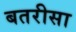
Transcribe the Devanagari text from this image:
बतरीसा